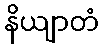
နိယျာတံ